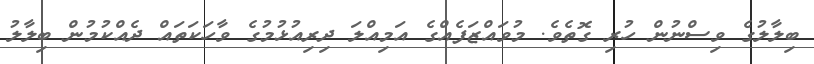
ބިލާލުގެ ވިސްނުން ހުރި ގޮތެވެ. މުވައްޒަފެއްގެ އަމިއްލަ ދިރިއުޅުމުގެ ވާހަކަތައް ދެއްކުމުން ބިލާލު